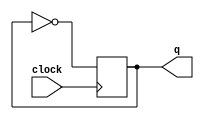
module exercicio(clock,q);

input clock;
output reg q;

reg d;

initial begin
  q=0;
end

always@( posedge clock) begin

 d=~q; 
 q=d;
 
end

endmodule